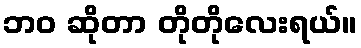
ဘဝ ဆိုတာ တိုတိုလေးရယ်။